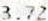
3.72